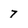
Character: 7